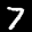
Label: 7